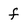
Character: f